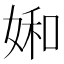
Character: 𡞈